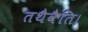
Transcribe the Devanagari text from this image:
तथैवैति।